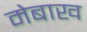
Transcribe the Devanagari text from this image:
मेबाख